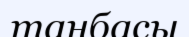
танбасы